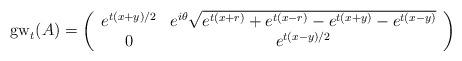
LaTeX: \begin{align*} {\rm gw}_t(A) = \left(\begin{array}{cc} e^{t(x+y)/2} & e^{i\theta}\sqrt{e^{t(x+r)} + e^{t(x-r)} - e^{t(x+y)} - e^{t(x-y)}} \\ 0 & e^{t(x-y)/2} \end{array}\right)\end{align*}